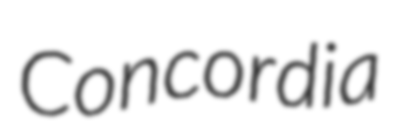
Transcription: Concordia